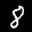
Label: 8